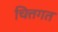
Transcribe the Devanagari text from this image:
चित्तगत